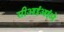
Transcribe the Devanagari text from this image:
सीआईआईओ